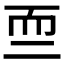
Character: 𱻰